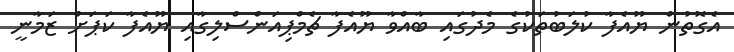
އެގޮތުން ޔޫއެފާ ކުލަބުތަކުގެ މެދުގައި ބާއްވާ ޔޫއެފާ ޗެމްޕިއަންސްލިގާއި ޔޫއެފާ ކަޕަށް ޒަމާނީ